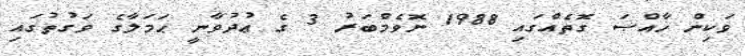
ވަކިން ޚާއްޞަ ގޮތެއްގައި 1988 ނޮވެމްބަރު 3 ގެ ޢުދުވާނީ ޙަމަލާގެ ވަގުތުގައި